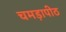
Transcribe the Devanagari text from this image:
चमड़ापीठ